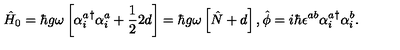
\hat { H } _ { 0 } = \hbar g \omega \left[ { \alpha _ { i } ^ { a } } ^ { \dagger } \alpha _ { i } ^ { a } + \frac { 1 } { 2 } 2 d \right] = \hbar g \omega \left[ \hat { N } + d \right] , \hat { \phi } = i \hbar \epsilon ^ { a b } { \alpha _ { i } ^ { a } } ^ { \dagger } \alpha _ { i } ^ { b } .